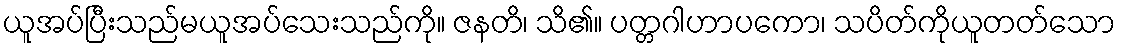
ယူအပ်ပြီးသည်မယူအပ်သေးသည်ကို။ ဇနတိ၊ သိ၏။ ပတ္တဂါဟာပကော၊ သပိတ်ကိုယူတတ်သော